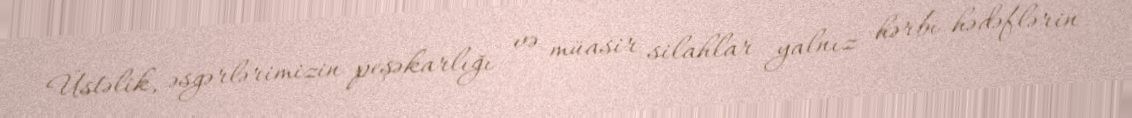
Üstəlik, əsgərlərimizin peşəkarlığı və müasir silahlar yalnız hərbi hədəflərin